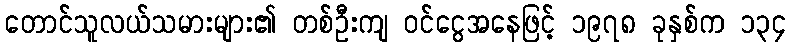
တောင်သူလယ်သမားများ၏ တစ်ဦးကျ ဝင်ငွေအနေဖြင့် ၁၉၇၈ ခုနှစ်က ၁၃၄